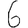
Digit: 6